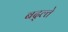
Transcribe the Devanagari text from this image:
बद्ल्ते